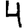
Digit: 4